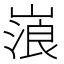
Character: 𡻔